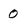
Character: 0